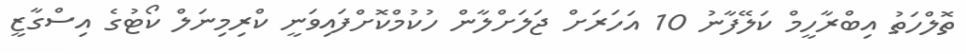
ތޮލްހަތު އިބްރާހީމް ކަލޭފާނު 10 އަހަރަށް ޖަލަށްލާން ހުކުމްކޮށްފައިވަނީ ކްރިމިނަލް ކޯޓުގެ އިސްގާޒީ